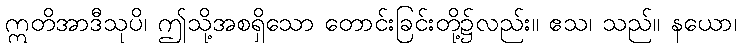
ဣတိအာဒီသုပိ၊ ဤသို့အစရှိသော တောင်းခြင်းတို့၌လည်း။ ဧသ၊ သည်။ နယော၊